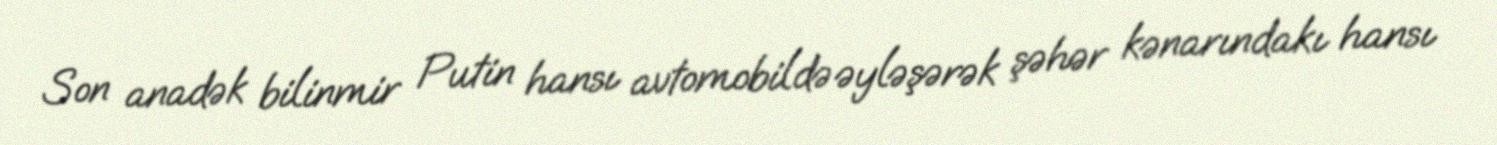
Son anadək bilinmir Putin hansı avtomobildə əyləşərək şəhər kənarındakı hansı